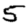
Digit: 5